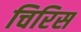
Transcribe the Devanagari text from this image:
चिरिस